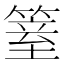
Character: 𥱆